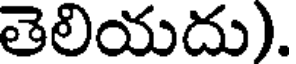
తెలియదు).